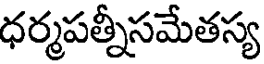
ధర్మపత్నీసమేతస్య